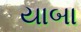
યાબા